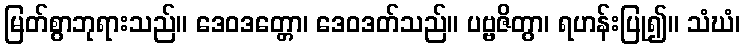
မြတ်စွာဘုရားသည်။ ဒေဝဒတ္တော၊ ဒေဝဒတ်သည်။ ပဗ္ဗဇိတွာ၊ ရဟန်းပြု၍။ သံဃံ၊